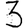
Digit: 3